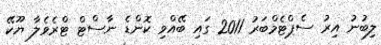
ލިބުނު އިރު ސެޕްޓެމްބަރު 2011 ގައި ބޭއްވި ކޮންޑެ ނާސްޓް ޓްރެވެލާ ޔޫކޭ